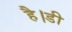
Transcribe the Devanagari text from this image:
है।डी